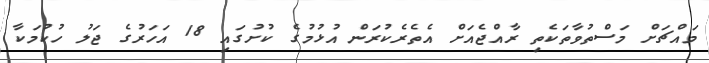
މައްޗަށް މަސްތުވާތަކެތި ރާއްޖެއަށް އެތެރެކުރަން އުޅުމުގެ ކުށުގައި 18 އަހަރުގެ ޖަލު ހުކުމަކާ